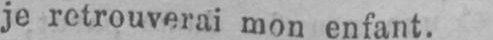
je retrouverai mon enfant.